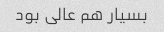
بسیار هم عالی بود